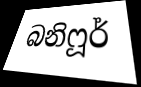
බනිෆූර්